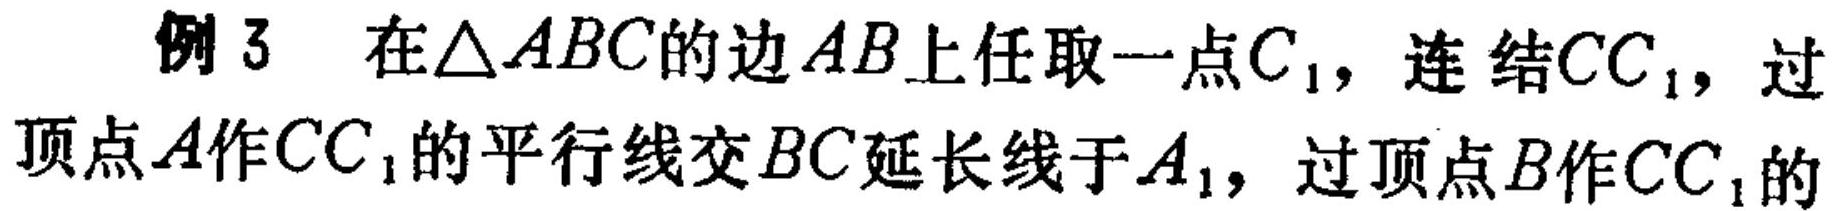
例 3 在\(\triangle ABC\)的边\(AB\)上任取一点\(C_1\)，连结\(CC_1\)，过顶点\(A\)作\(CC_1\)的平行线交\(BC\)延长线于\(A_1\)，过顶点\(B\)作\(CC_1\)的